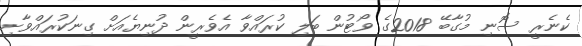
ކެނެރީ ސޮނި މުގާބޭ 2018ގެ ވޯޓުން ބަލި ކުރައްވާ އެވެރީން ދުނިޔެއަށް ގިނަކުރައްވާށި